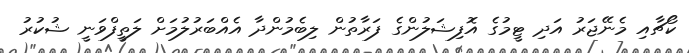
ކޯޗާއި މެނޭޖަރު އަދި ޓީމުގެ އޮފިޝަލުންގެ ފަރާތުން ލިބެމުންދާ އެއްބަރުލުމަށް ލަތީފްވަނީ ޝުކުރު